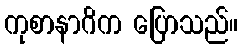
ကုစာနာဂိက ပြောသည်။